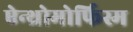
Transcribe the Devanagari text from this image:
ऐन्थ्रोमोर्फिस्म